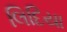
લિદિયા